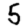
Digit: 5